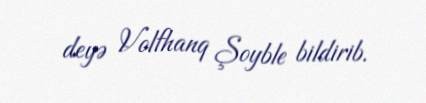
deyə Volfhanq Şoyble bildirib.